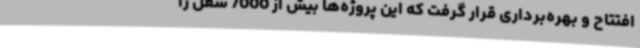
افتتاح و بهره‌برداری قرار گرفت که این پروژه‌ها بیش از 7000 شغل را